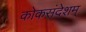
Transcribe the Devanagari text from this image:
कोकसंदेशम्